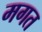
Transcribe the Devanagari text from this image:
मगत